Vaccination Hyderabad 1890-1903 - 1890-1903
Year: 1890
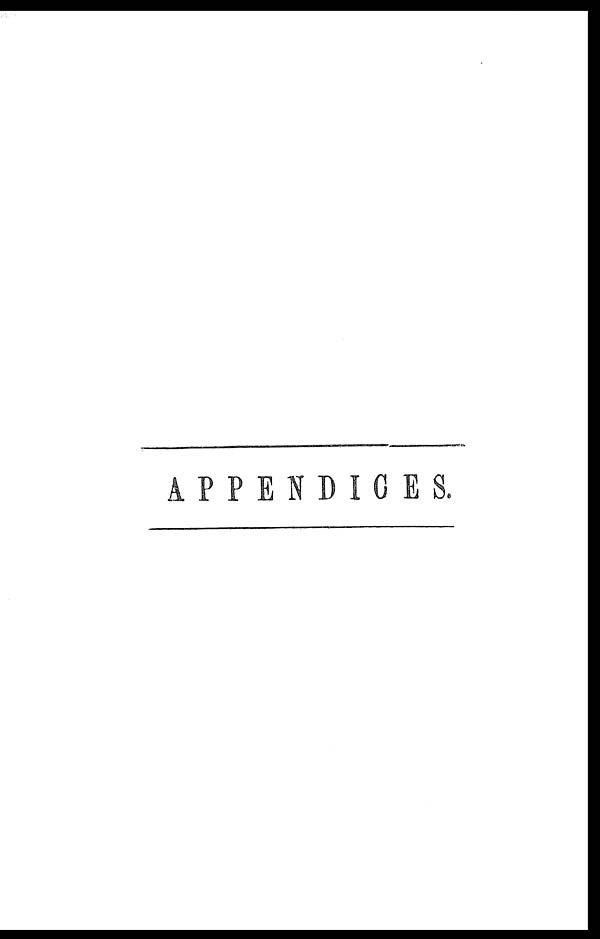
APPENDICES.